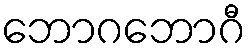
ဘောဂဘောဂီ